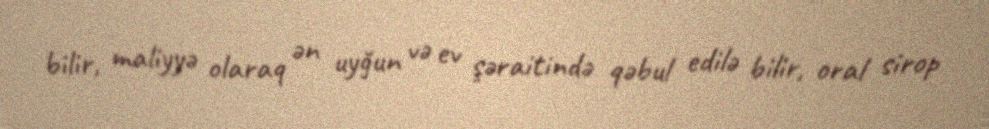
bilir, maliyyə olaraq ən uyğun və ev şəraitində qəbul edilə bilir, oral sirop